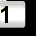
Digit: 1